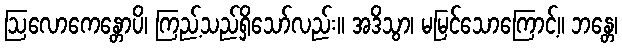
ဩလောကေန္တောပိ၊ ကြည့်သည်ရှိသော်လည်း။ အဒိသွာ၊ မမြင်သောကြောင့်။ ဘန္တေ၊